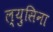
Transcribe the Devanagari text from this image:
ल्युसिना